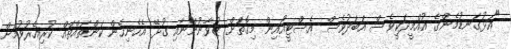
"އަޅުގަނޑުމެންގެ އުއްމީދަކީވެސް އަބަދުވެސް އެސްޓީއޯއިން މިގޮތަށް ޒުވާނުންނާއި ގުޅޭ އެހެނިހެން ކަންތައްތައް ކުރިއެރުވުމަށް